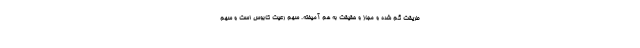
طریقت گم شده و مجاز و حقیقت به هم آمیخته. سهم رعیت کابوس است و سهم